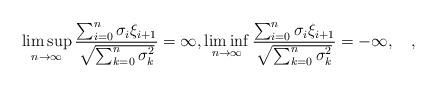
LaTeX: \begin{align*}\limsup_{n\to \infty}\frac{\sum_{i=0}^n \sigma_i\xi_{i+1}}{\sqrt{\sum_{k=0}^{n}\sigma^2_k}}=\infty, \liminf_{n\to \infty}\frac{\sum_{i=0}^n \sigma_i\xi_{i+1}}{\sqrt{\sum_{k=0}^{n}\sigma^2_k}}=-\infty, \quad,\end{align*}